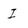
Character: I